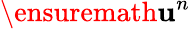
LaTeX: \ensuremath{\mathbf{u}}^{n}